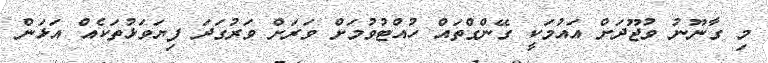
މި ގާނޫނު ވުޖޫދަށް އައުމަކީ ގޭންގްތައް ހުއްޓުވުމަށް ވަރަށް ވަރުގަދަ ފިޔަވަޅުތަކެއް އަޅަން